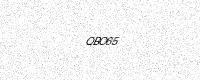
Text: QBO65